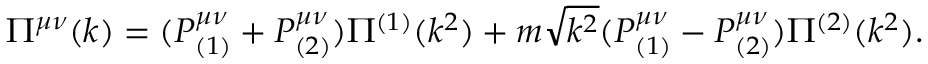
\Pi ^ { \mu \nu } ( k ) = ( P _ { ( 1 ) } ^ { \mu \nu } + P _ { ( 2 ) } ^ { \mu \nu } ) \Pi ^ { ( 1 ) } ( k ^ { 2 } ) + m \sqrt { k ^ { 2 } } ( P _ { ( 1 ) } ^ { \mu \nu } - P _ { ( 2 ) } ^ { \mu \nu } ) \Pi ^ { ( 2 ) } ( k ^ { 2 } ) .